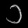
Digit: ၁